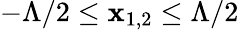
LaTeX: -\Lambda/2\leq\mathbf{x}_{1,2}\leq\Lambda/2